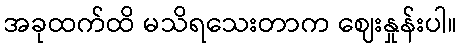
အခုထက်ထိ မသိရသေးတာက ဈေးနှုန်းပါ။